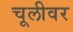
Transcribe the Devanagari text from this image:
चूलीवर